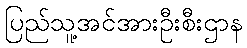
ပြည်သူ့အင်အားဦးစီးဌာန